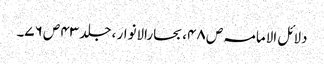
دلائل الامامہ ص ۴۸، بحارالانوار ، جلد ۴۳ ص ۷۶۔